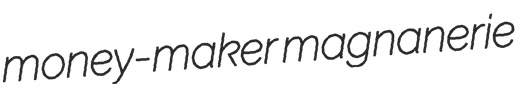
money-maker magnanerie